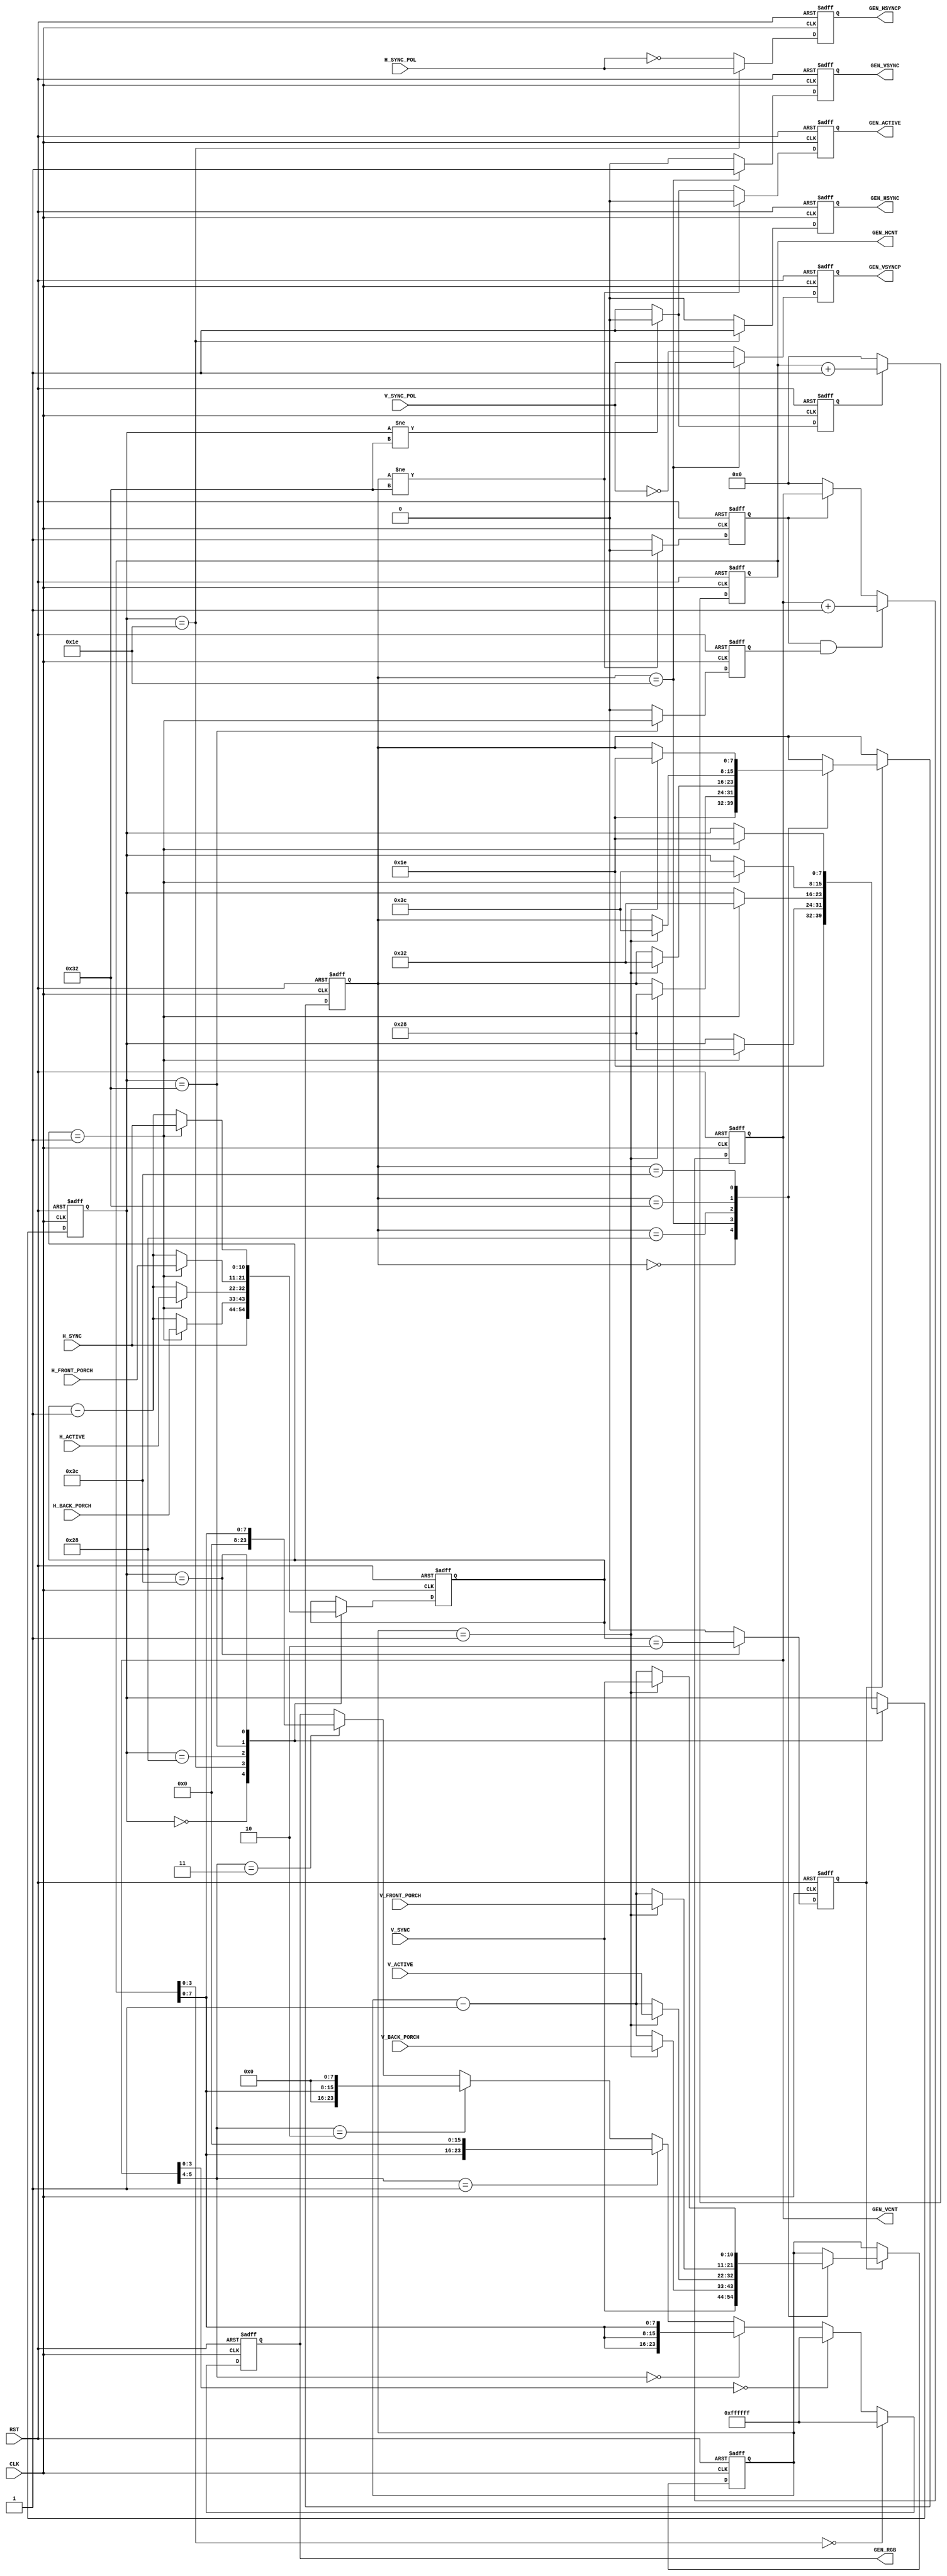
//=============================================================================
`default_nettype none
//-----------------------------------------------------------------------------
`timescale 1ns / 1ns
//=============================================================================
module vga_sync_gen
(
input wire          CLK,    
input wire          RST,    

// Wyjscie VGA

output wire         GEN_ACTIVE,
output wire  [23:0] GEN_RGB,

output wire  [10:0] GEN_HCNT,
output wire         GEN_HSYNC,
output wire         GEN_HSYNCP,

output wire  [10:0] GEN_VCNT,
output wire         GEN_VSYNC,
output wire         GEN_VSYNCP,

// Parametry

input wire   [10:0] V_FRONT_PORCH,
input wire   [10:0] V_SYNC,
input wire   [10:0] V_BACK_PORCH,
input wire   [10:0] V_ACTIVE,
input wire          V_SYNC_POL,

input wire   [10:0] H_FRONT_PORCH,
input wire   [10:0] H_SYNC,
input wire   [10:0] H_BACK_PORCH,
input wire   [10:0] H_ACTIVE,
input wire          H_SYNC_POL
);
//=============================================================================
// local variables
//=============================================================================
//-----------------------------------------------------------------------------
// Stany
//-----------------------------------------------------------------------------
localparam  FSM_IDLE                = 0;
localparam  FSM_SYNC                = 30;
localparam  FSM_BACK_PORCH          = 40;
localparam  FSM_ACTIVE              = 50;
localparam  FSM_FRONT_PORCH         = 60;
//-----------------------------------------------------------------------------
// Rejestry
//-----------------------------------------------------------------------------
reg   [7:0] fsm_h;
reg         fsm_tic;
reg         fsm_cv;
reg   [7:0] fsm_v;
//-----------------------------------------------------------------------------
reg  [10:0] cnt_h;
reg  [10:0] cnt_ha;
//-----------------------------------------------------------------------------
reg  [10:0] cnt_v;
reg  [10:0] cnt_va;
//-----------------------------------------------------------------------------
reg  [23:0] test_pattern;
//-----------------------------------------------------------------------------
reg         active_v;
reg         active_h;
reg         active_hv;
//-----------------------------------------------------------------------------
reg         sync_h;
reg         sync_hp;
reg         sync_v;
reg         sync_vp;
//-----------------------------------------------------------------------------
// test pattern
//-----------------------------------------------------------------------------
wire                             [7:0] test_y = cnt_ha[7:0];
//-----------------------------------------------------------------------------
always @(posedge CLK or posedge RST)
 if(RST)                                  test_pattern <= 24'h000000;
 else if(cnt_ha[3:0]==4'd0)               test_pattern <= 24'hFFFFFF;
 else if(cnt_va[3:0]==4'd0)               test_pattern <= 24'hFFFFFF;
 else if(cnt_va[5:4]==2'd0)               test_pattern <= {test_y,test_y,test_y};
 else if(cnt_va[5:4]==2'd1)               test_pattern <= {test_y,8'd0  ,8'd0  };
 else if(cnt_va[5:4]==2'd2)               test_pattern <= {8'd0  ,test_y,8'd0  };
 else if(cnt_va[5:4]==2'd3)               test_pattern <= {8'd0  ,8'd0  ,test_y};
//-----------------------------------------------------------------------------
// Sterowanie H
//-----------------------------------------------------------------------------
always @(posedge CLK or posedge RST)
    if(RST)                                 fsm_h   <= FSM_IDLE;
    else case(fsm_h)                      
    FSM_IDLE:                               fsm_h   <= FSM_SYNC;
    FSM_SYNC:           if(cnt_h==1)        fsm_h   <= FSM_BACK_PORCH;
    FSM_BACK_PORCH:     if(cnt_h==1)        fsm_h   <= FSM_ACTIVE;
    FSM_ACTIVE:         if(cnt_h==1)        fsm_h   <= FSM_FRONT_PORCH;   
    FSM_FRONT_PORCH:    if(cnt_h==1)        fsm_h   <= FSM_SYNC;  
    endcase
//-----------------------------------------------------------------------------
always @(posedge CLK or posedge RST)
    if(RST)                                 fsm_tic <= 1'b0;
    else if(fsm_h == FSM_FRONT_PORCH)       fsm_tic <= cnt_h == 2;
    else                                    fsm_tic <= 1'b0;
//-----------------------------------------------------------------------------
always @(posedge CLK or posedge RST)
    if(RST)                                 fsm_cv <= 1'b0;
    else if(fsm_h == FSM_ACTIVE)            fsm_cv <= cnt_h == 1;
    else                                    fsm_cv <= 1'b0;
//-----------------------------------------------------------------------------
// Sterowanie V
//-----------------------------------------------------------------------------
always @(posedge CLK or posedge RST)
    if(RST)                                 fsm_v  <= FSM_IDLE;
    else if(fsm_tic) case(fsm_v)                   
    FSM_IDLE:                               fsm_v  <= FSM_SYNC;
    FSM_SYNC:           if(cnt_v==1)        fsm_v  <= FSM_BACK_PORCH;
    FSM_BACK_PORCH:     if(cnt_v==1)        fsm_v  <= FSM_ACTIVE;
    FSM_ACTIVE:         if(cnt_v==1)        fsm_v  <= FSM_FRONT_PORCH;   
    FSM_FRONT_PORCH:    if(cnt_v==1)        fsm_v  <= FSM_SYNC;  
    endcase
//-----------------------------------------------------------------------------
// Licznik punktow(H)
//-----------------------------------------------------------------------------
always @(posedge CLK or posedge RST)
    if(RST)          cnt_h <= 1;
    else case(fsm_h)
    FSM_IDLE:           cnt_h <=              H_SYNC;
    FSM_SYNC:           cnt_h <= (cnt_h==1) ? H_BACK_PORCH      : (cnt_h - 1);
    FSM_BACK_PORCH:     cnt_h <= (cnt_h==1) ? H_ACTIVE          : (cnt_h - 1);
    FSM_ACTIVE:         cnt_h <= (cnt_h==1) ? H_FRONT_PORCH     : (cnt_h - 1);
    FSM_FRONT_PORCH:    cnt_h <= (cnt_h==1) ? H_SYNC            : (cnt_h - 1);
    endcase
//-----------------------------------------------------------------------------
// Licznik linii(V)
//-----------------------------------------------------------------------------
always @(posedge CLK or posedge RST)
    if(RST)          cnt_v <= 1;
    else if(fsm_tic) case(fsm_v)
    FSM_IDLE:           cnt_v <=              V_SYNC;
    FSM_SYNC:           cnt_v <= (cnt_v==1) ? V_BACK_PORCH     : (cnt_v - 1);
    FSM_BACK_PORCH:     cnt_v <= (cnt_v==1) ? V_ACTIVE         : (cnt_v - 1);
    FSM_ACTIVE:         cnt_v <= (cnt_v==1) ? V_FRONT_PORCH    : (cnt_v - 1);
    FSM_FRONT_PORCH:    cnt_v <= (cnt_v==1) ? V_SYNC           : (cnt_v - 1);
    endcase
//-----------------------------------------------------------------------------
// HSYNC
//-----------------------------------------------------------------------------
always @(posedge CLK or posedge RST)
    if(RST)                      sync_hp   <=        1'b0;
    else if(fsm_h == FSM_SYNC)   sync_hp   <=  H_SYNC_POL;
    else                         sync_hp   <= !H_SYNC_POL;
//-----------------------------------------------------------------------------
always @(posedge CLK or posedge RST)
    if(RST)                      sync_h    <=        1'b0;
    else if(fsm_h == FSM_SYNC)   sync_h    <=        1'b1;
    else                         sync_h    <=        1'b0;
//-----------------------------------------------------------------------------
// VSYNC
//-----------------------------------------------------------------------------
always @(posedge CLK or posedge RST)
    if(RST)                      sync_vp   <=        1'b0;
    else if(fsm_v == FSM_SYNC)   sync_vp   <=  V_SYNC_POL;
    else                         sync_vp   <= !V_SYNC_POL;
//-----------------------------------------------------------------------------
always @(posedge CLK or posedge RST)
    if(RST)                      sync_v    <=        1'b0;
    else if(fsm_v == FSM_SYNC)   sync_v    <=        1'b1;
    else                         sync_v    <=        1'b0;
//-----------------------------------------------------------------------------
// active
//-----------------------------------------------------------------------------
always @(posedge CLK or posedge RST)
    if(RST)                     active_h  <= 1'b0;
    else if(fsm_h != FSM_ACTIVE)active_h  <= 1'b0;
   else                         active_h  <= 1'b1;  
//-----------------------------------------------------------------------------
always @(posedge CLK or posedge RST)
    if(RST)                     active_v  <= 1'b0;
    else if(fsm_v != FSM_ACTIVE)active_v  <= 1'b0;
   else                         active_v  <= 1'b1;  
//-----------------------------------------------------------------------------
always @(posedge CLK or posedge RST)
    if(RST)                     active_hv <= 1'b0;
    else if(fsm_v != FSM_ACTIVE)active_hv <= 1'b0;
    else if(fsm_h != FSM_ACTIVE)active_hv <= 1'b0;
   else                         active_hv <= 1'b1;  
//-----------------------------------------------------------------------------
// licznik aktywnych punktow
//-----------------------------------------------------------------------------
always @(posedge CLK or posedge RST)
    if(RST)                     cnt_ha    <= 11'd0;
    else if(active_h)           cnt_ha    <= cnt_ha + 11'd1;
    else                        cnt_ha    <= 11'd0;
//-----------------------------------------------------------------------------
// licznik aktywnych lini
//-----------------------------------------------------------------------------
always @(posedge CLK or posedge RST)
    if(RST)                     cnt_va    <= 11'd0;
    else if( active_v && fsm_cv)cnt_va    <= cnt_va + 11'd1;
    else if(!active_v)          cnt_va    <= 11'd0;
//=============================================================================
// output
//=============================================================================
assign GEN_ACTIVE  = active_hv;
assign GEN_RGB     = test_pattern;

assign GEN_HCNT    = cnt_ha;
assign GEN_VCNT    = cnt_va;

assign GEN_HSYNC   = sync_h;
assign GEN_VSYNC   = sync_v;

assign GEN_HSYNCP  = sync_hp;
assign GEN_VSYNCP  = sync_vp;
//=============================================================================
endmodule